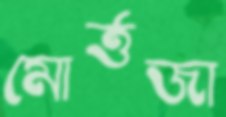
মোর্ত্তজা